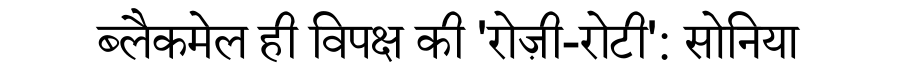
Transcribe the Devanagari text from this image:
ब्लैकमेल ही विपक्ष की 'रोज़ी-रोटी': सोनिया